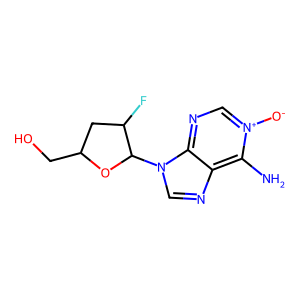
SMILES: Nc1c2ncn(C3OC(CO)CC3F)c2nc[n+]1[O-]
Inhibits HIV replication: No